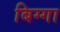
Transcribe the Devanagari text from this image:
बिग्गा